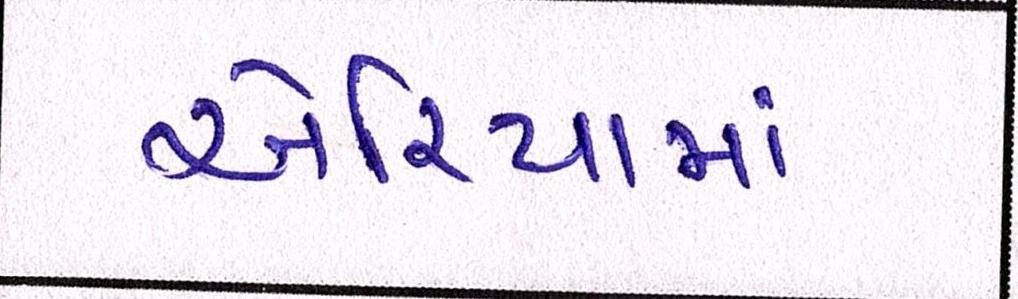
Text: એરિયામાં